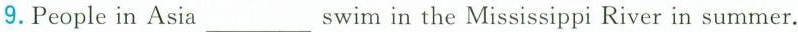
9.People in Asia swim in the Mississippi River in summer.